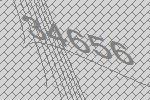
34656